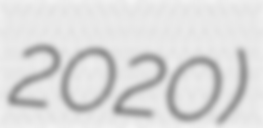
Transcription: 2020)